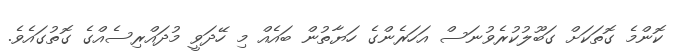
ކޮންމެ ގޮތަކަށް ގަބޫލުކުރެވުނަސް އަހަރެންގެ ހަޔާތުން ބައެއް މި ހޭދަވީ މުދައްރިސެއްގެ ގޮތުގައެވެ.